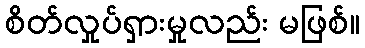
စိတ်လှုပ်ရှားမှုလည်း မဖြစ်။